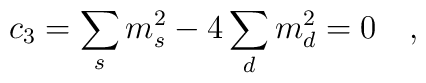
c_3=\sum_{s} m_s^2-4 \sum_{d} m_d^2=0~~~,